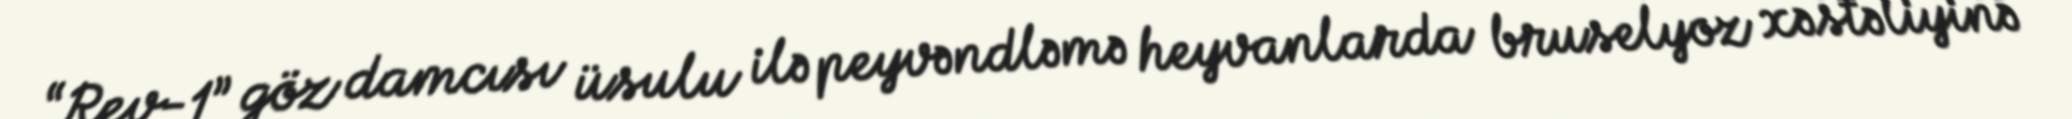
“Rev-1” göz damcısı üsulu ilə peyvəndləmə heyvanlarda bruselyoz xəstəliyinə